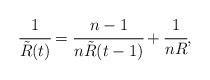
LaTeX: \begin{align*}\cfrac{1}{\tilde{R}(t)} = \cfrac{n-1}{n\tilde{R}(t-1)} + \cfrac{1}{nR},\end{align*}